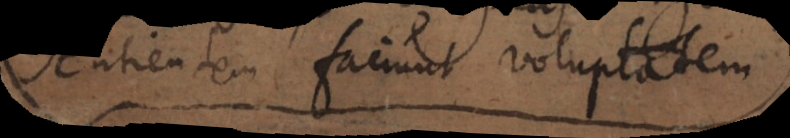
sentientem faciunt voluptatem